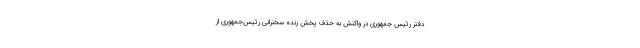
دفتر رئیس جمهوری در واکنش به حذف پخش زنده سخنرانی رئیس‌جمهوری از